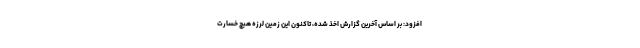
افزود: بر اساس آخرین گزارش اخذ شده، تاکنون این زمین لرزه هیچ خسارت